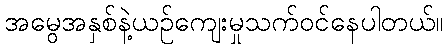
အမွေအနှစ်နဲ့ယဉ်ကျေးမှုသက်ဝင်နေပါတယ်။